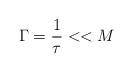
LaTeX: \begin{align*}\Gamma ={1 \over \tau }<<M \end{align*}